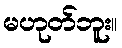
မဟုတ်ဘူး။